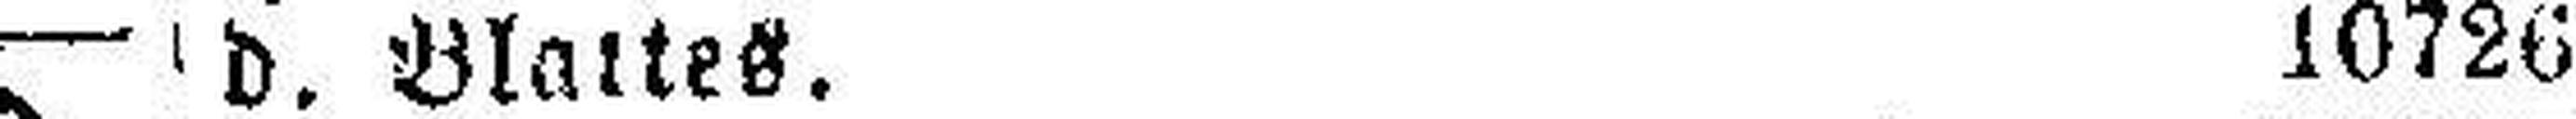
d. Blattes. 10726